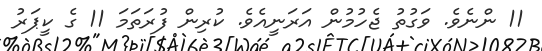
11 ންނެވެ. ވަގުތު ޖެހުމުން އަރަނީއެވެ. ކުރިން ފުރަތަމަ 11 ގެ ކީޕަރު